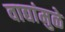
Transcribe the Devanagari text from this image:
वाद्यांमुळे